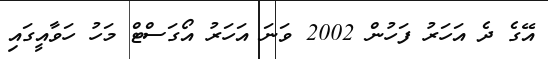
އޭގެ ދެ އަހަރު ފަހުން 2002 ވަނަ އަހަރު އޯގަސްޓް މަހު ހަވާއީގައި